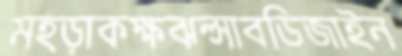
মহড়াকক্ষঝল্‌সাবডিজাইন